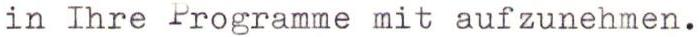
in Ihre Programme mit aufzunehmen.